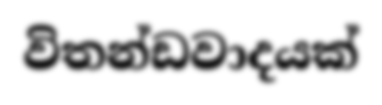
විතන්ඩවාදයක්